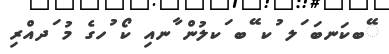
ޭބކަނބަ ަލ ުކ ޭބ ަކލުން ާނއި ކޯ ުހގެ މު ަދއްރި